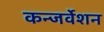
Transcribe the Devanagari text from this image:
कन्जर्वेशन